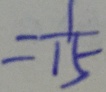
= \frac { 1 } { 1 5 }